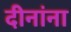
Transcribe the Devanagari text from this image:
दीनांना